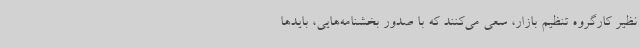
نظیر کارگروه تنظیم بازار، سعی می‌کنند که با صدور بخشنامه‌هایی، بایدها